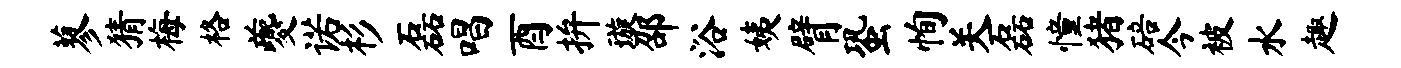
蓼猜梅格夔诺杉磊唱酉拚璇邵浴姨臂蛩恂关磊憧猪碚今被水趣